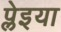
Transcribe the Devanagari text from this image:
प्लेइया